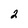
Character: 2